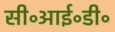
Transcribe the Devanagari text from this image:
सी॰आई॰डी॰